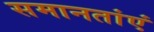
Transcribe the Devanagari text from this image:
समानतांएं